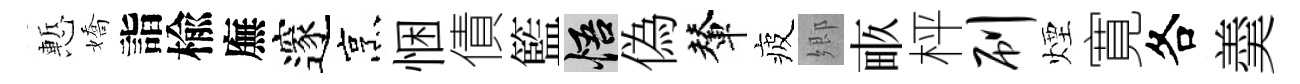
慙嬌詣楡廡邃烹悃債籃悟偽輦疲郷畞枰刷煙寛各羮